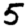
Digit: 5